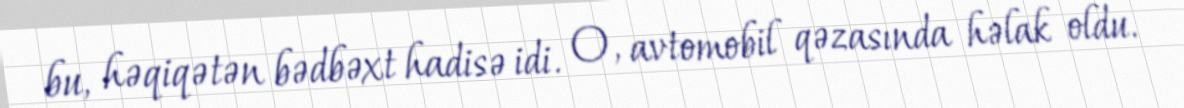
bu, həqiqətən bədbəxt hadisə idi. O, avtomobil qəzasında həlak oldu.